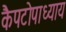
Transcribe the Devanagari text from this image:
कैपटोपाध्याय